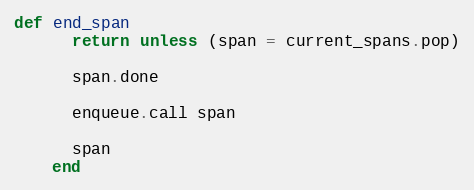
Language: Ruby
def end_span
      return unless (span = current_spans.pop)

      span.done

      enqueue.call span

      span
    end